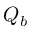
Q _ { b }